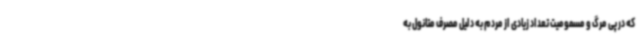
که در پی مرگ و مسمومیت تعداد زیادی از مردم به دلیل مصرف متانول به